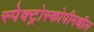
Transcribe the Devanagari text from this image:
स्पेक्ट्रोस्कोपीमधील